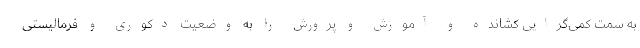
به سمت کمّی‌گرایی کشانده و آموزش و پرورش را به وضعیت دکوری و فرمالیستی